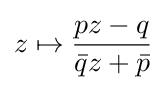
z\mapsto {\frac {pz-q}{{\bar {q}}z+{\bar {p}}}}